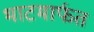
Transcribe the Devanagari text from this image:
भाटमार्फत